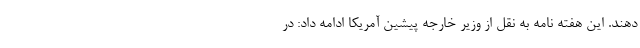
دهند. این هفته نامه به نقل از وزیر خارجه پیشین آمریکا ادامه داد: در